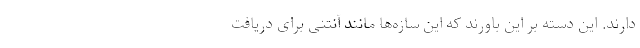
دارند. این دسته بر این باورند که این سازه‌ها مانند آنتنی برای دریافت